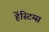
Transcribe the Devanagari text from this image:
हेंस्टिग्स